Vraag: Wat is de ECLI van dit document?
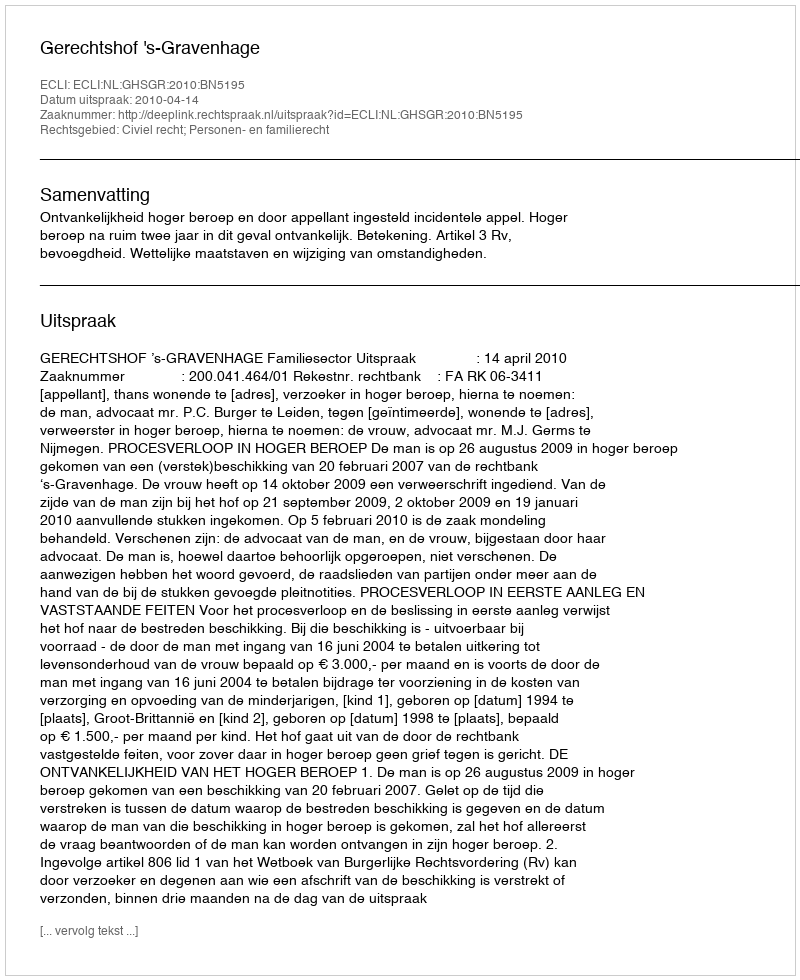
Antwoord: ECLI:NL:GHSGR:2010:BN5195